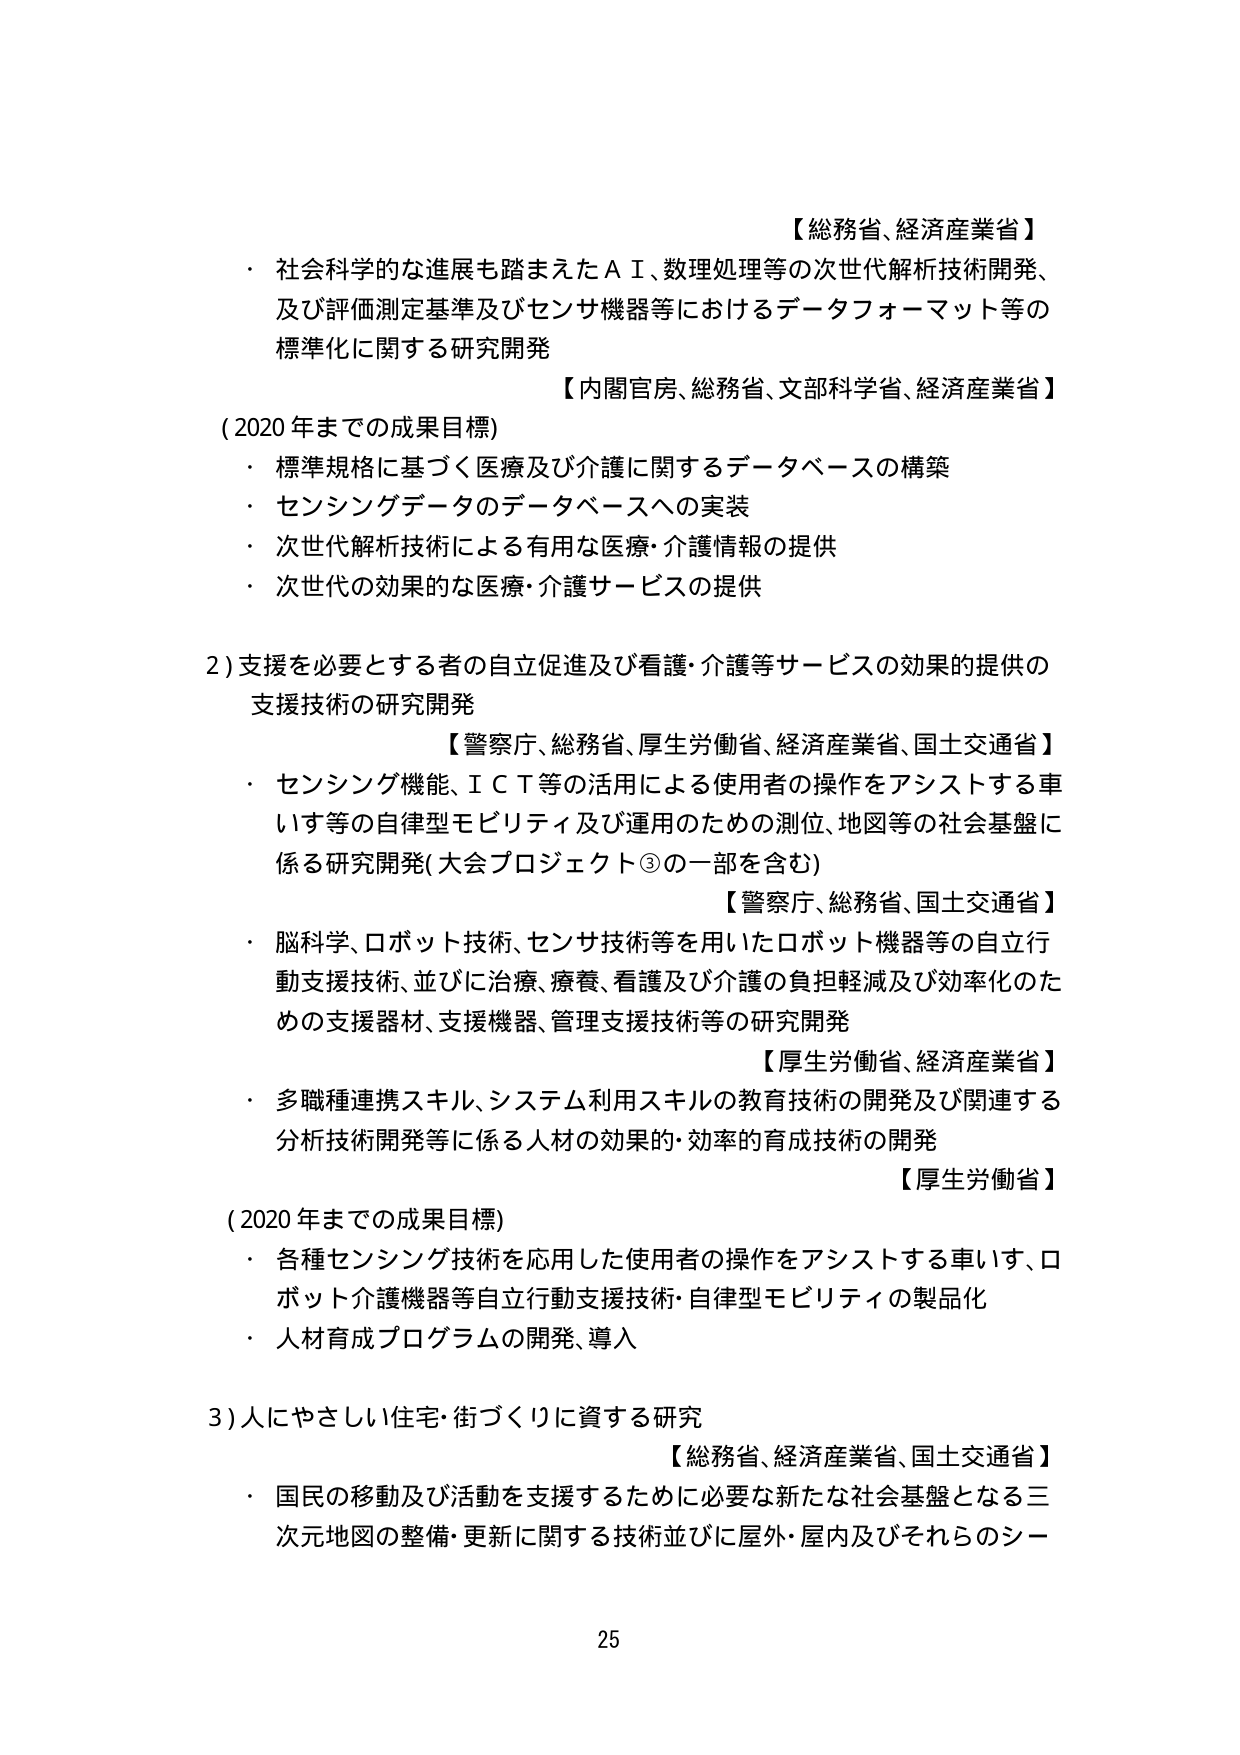
【総務省、経済産業省】
・社会科学的な進展も踏まえたＡＩ、数理処理等の次世代解析技術開発、
及び評価測定基準及びセンサ機器等におけるデータフォーマット等の
標準化に関する研究開発
【内閣官房、総務省、文部科学省、経済産業省】
(2020年までの成果目標)
・標準規格に基づく医療及び介護に関するデータベースの構築
・センシングデータのデータベースへの実装
・次世代解析技術による有用な医療・介護情報の提供
・次世代の効果的な医療・介護サービスの提供

2) 支援を必要とする者の自立促進及び看護・介護等サービスの効果的提供の
支援技術の研究開発
【警察庁、総務省、厚生労働省、経済産業省、国土交通省】
・センシング機能、ＩＣＴ等の活用による使用者の操作をアシストする車
いす等の自律型モビリティ及び運用のための測位、地図等の社会基盤に
係る研究開発(大会プロジェクト③の一部を含む)
【警察庁、総務省、国土交通省】
・脳科学、ロボット技術、センサ技術等を用いたロボット機器等の自立行
動支援技術、並びに治療、療養、看護及び介護の負担軽減及び効率化のた
めの支援器材、支援機器、管理支援技術等の研究開発
【厚生労働省、経済産業省】
・多職種連携スキル、システム利用スキルの教育技術の開発及び関連する
分析技術開発等に係る人材の効果的・効率的育成技術の開発
【厚生労働省】
(2020年までの成果目標)
・各種センシング技術を応用した使用者の操作をアシストする車いす、ロ
ボット介護機器等自立行動支援技術・自律型モビリティの製品化
・人材育成プログラムの開発、導入

3) 人にやさしい住宅・街づくりに資する研究
【総務省、経済産業省、国土交通省】
・国民の移動及び活動を支援するために必要な新たな社会基盤となる三
次元地図の整備・更新に関する技術並びに屋外・屋内及びそれらのシー

25